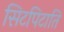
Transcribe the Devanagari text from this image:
सिटपिटाति